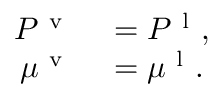
\begin{array} { r l } { P ^ { \mathrm { ~ v ~ } } } & { { } = P ^ { \mathrm { ~ l ~ } } , } \\ { \mu ^ { \mathrm { ~ v ~ } } } & { { } = \mu ^ { \mathrm { ~ l ~ } } . } \end{array}